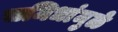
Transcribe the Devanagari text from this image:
समिधांमुळे